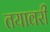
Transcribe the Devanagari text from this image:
तयावरी